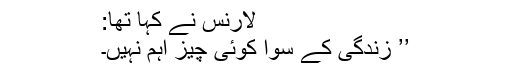
لارنس نے کہا تھا:
’’ زندگی کے سوا کوئی چیز اہم نہیں۔